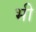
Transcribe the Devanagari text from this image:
भी